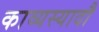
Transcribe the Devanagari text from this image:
काव्यस्यादौ